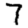
Digit: 7